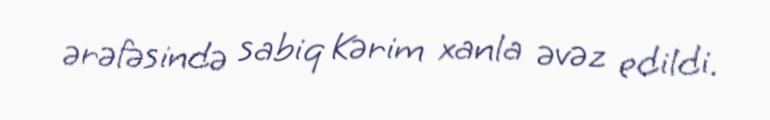
ərəfəsində sabiq Kərim xanla əvəz edildi.